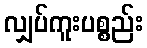
လျှပ်ကူးပစ္စည်း